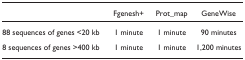
<table><thead><tr><td></td><td><b>Fgenesh+</b></td><td><b>Prot_map</b></td><td><b>GeneWise</b></td></tr></thead><tbody><tr><td>88 sequences of genes &lt;20 kb</td><td>1 minute</td><td>1 minute</td><td>90 minutes</td></tr><tr><td>8 sequences of genes &gt;400 kb</td><td>1 minute</td><td>1 minute</td><td>1,200 minutes</td></tr></tbody></table>